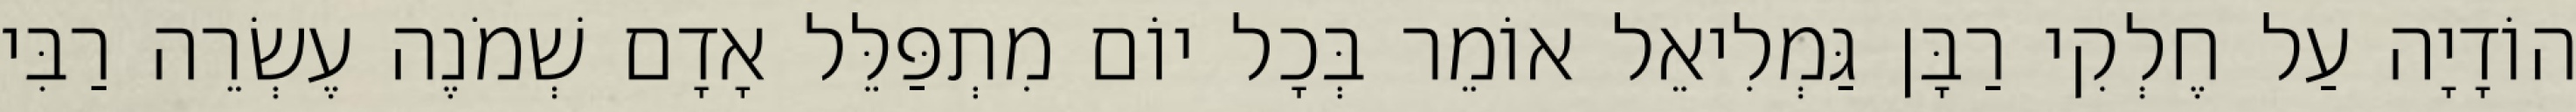
הוֹדָיָה עַל חֶלְקִי רַבָּן גַּמְלִיאֵל אוֹמֵר בְּכָל יוֹם מִתְפַּלֵּל אָדָם שְׁמֹנֶה עֶשְׂרֵה רַבִּי